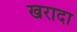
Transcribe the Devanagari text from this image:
खरादा